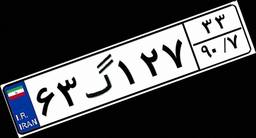
۶۳گ۱۲۷۳۳